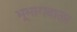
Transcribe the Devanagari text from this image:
भूभागवाला